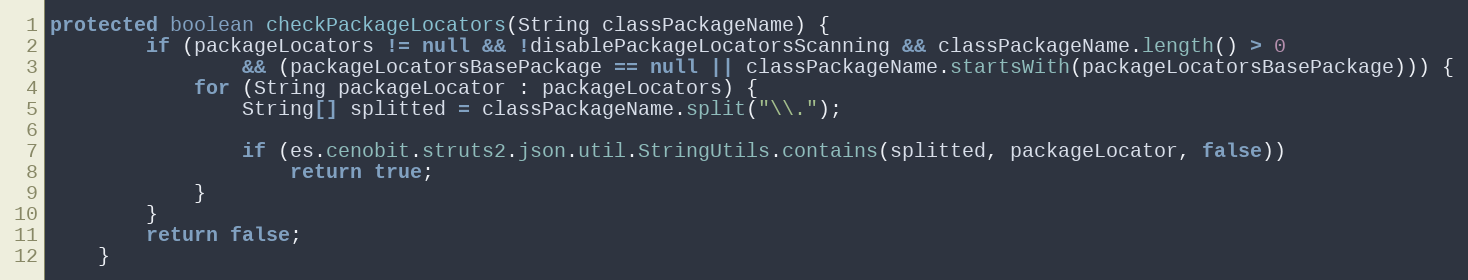
Language: Java
protected boolean checkPackageLocators(String classPackageName) {
		if (packageLocators != null && !disablePackageLocatorsScanning && classPackageName.length() > 0
				&& (packageLocatorsBasePackage == null || classPackageName.startsWith(packageLocatorsBasePackage))) {
			for (String packageLocator : packageLocators) {
				String[] splitted = classPackageName.split("\\.");

				if (es.cenobit.struts2.json.util.StringUtils.contains(splitted, packageLocator, false))
					return true;
			}
		}
		return false;
	}